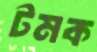
টমক